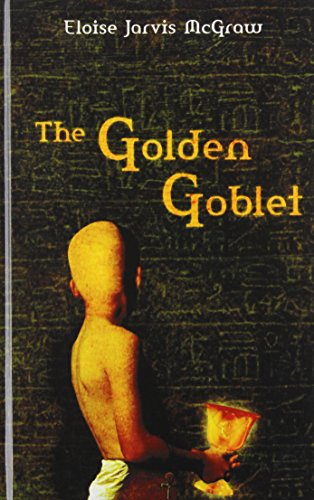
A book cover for The Golden Goblet (Puffin Newbery Library); Eloise Jarvis McGraw; Teen & Young Adult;